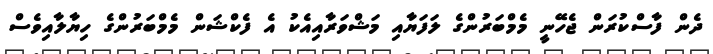
ދެން ފާސްކުރަން ޖެހޭނީ މެމްބަރުންގެ ލަފަޔާއި މަޝްވަރާއިއެކު އެ ފެކްޝަން މެމްބަރުންގެ ހިޔާލާއިވެސް